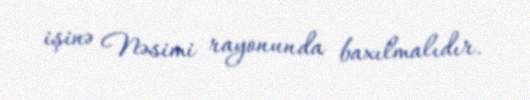
işinə Nəsimi rayonunda baxılmalıdır.